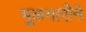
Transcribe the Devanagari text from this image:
भूकमारीने